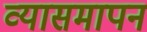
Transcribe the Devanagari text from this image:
व्यासमापन